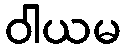
ဝါယမ